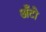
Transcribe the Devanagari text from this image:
अँटो